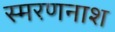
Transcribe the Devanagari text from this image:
स्मरणनाश